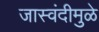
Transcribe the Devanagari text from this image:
जास्वंदीमुळे